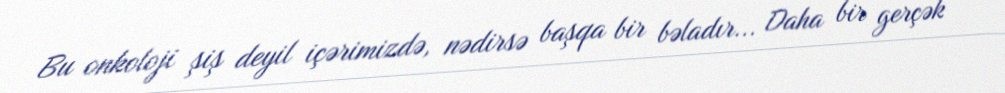
Bu onkoloji şiş deyil içərimizdə, nədirsə başqa bir bəladır... Daha bir gerçək